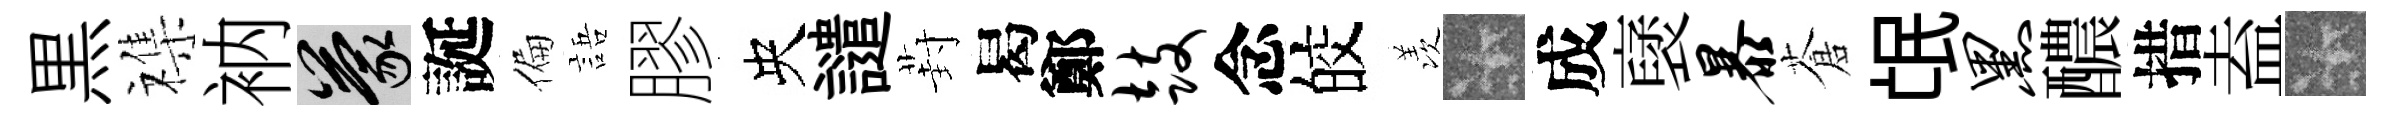
黒襍衲蒙誕偏語膠央譴葑曷鄭鼓念皎羡卡成裦暴蒼氓黑醲措盍卡